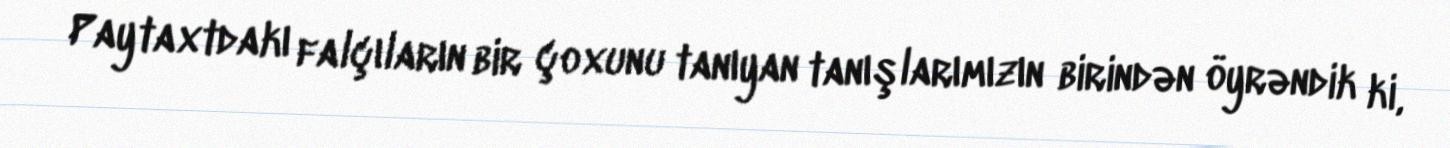
Paytaxtdakı falçıların bir çoxunu tanıyan tanışlarımızın birindən öyrəndik ki,